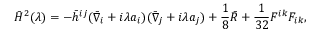
\bar { H } ^ { 2 } ( \lambda ) = - \bar { h } ^ { i j } ( \bar { \nabla } _ { i } + i \lambda a _ { i } ) ( \bar { \nabla } _ { j } + i \lambda a _ { j } ) + \frac 1 8 \bar { R } + { \frac { 1 } { 3 2 } } F ^ { i k } F _ { i k } ,